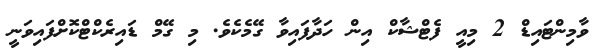
ވާމިންޓައިޑް 2 މިއީ ފެޓްޝާކް އިން ހަދާފައިވާ ގޭމެކެވެ. މި ގޭމް ޑައިރެކްޓްކޮށްފައިވަނީ